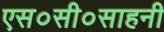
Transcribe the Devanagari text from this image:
एस०सी०साहनी